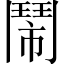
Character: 鬧